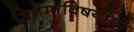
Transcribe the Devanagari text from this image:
सिनेमांविषयीची